Indian Medical Review
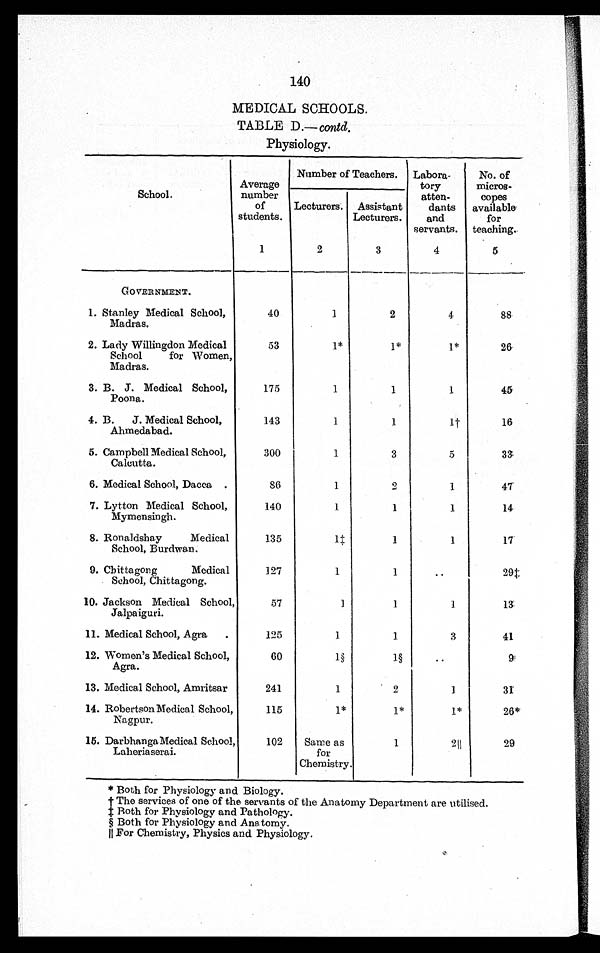
140
MEDICAL SCHOOLS.
TABLE D.— contd.
Physiology.
School.
Average
number
of
students.
Number of Teachers. Labora-
tory
atten-
dants
and
servants.
No. of
micros-
copes
available
for
teaching.
Lecturers. Assistant
Lecturers.
1
2
3
4
5
GOVERNMENT.
1. Stanley Medical School,
Madras.
40
1
2
4
8 8
2. Lady Willingdon Medical
School for Women,
Madras.
53
1*
1*
1*
26
3. B. J. Medical School,
Poona.
175
1
1
1
4 5
4. B. J. Medical School,
Ahmedabad.
143 1
1
1†
16
5. Campbell Medical School,
Calcutta.
300
1
3
5
3 3
6. Medical School, Dacca.
86
1
2
1
47
7. Lytton Medical School,
Mymensingh.
140 1
1
1
14
8. Ronaldshay Medical
School, Burdwan.
135
1‡
1
1
17
9. Chittagong Medical
School, Chittagong.
127
1
1
..
29 ‡
10. Jackson Medical School,
J a l p a i g u r i .
57
1
1
1
1 3
11. Medical School, Agra.
125
1
1
3
41
12. Women's Medical School,
Agra.
60
1 §
1 §
..
9
13. Medical School, Amritsar
241
1
2
1
31
14. Robertson Medical School,
Nagpur.
115
1*
1*
1*
26*
15. Darbhanga Medical School,
L a h e r i a s e r a i .
102
Same as
for
Chemistry.
1
2 ║
29
* Both for Physiology and Biology.
† The servi ces of one of t he servant s of t he Anat omy Depart ment are ut i l i sed.
‡ Both for Physiology and Pathology.
§ Both for Physiology and Anatomy.
║ For Chemistry, Physics and Physiology.